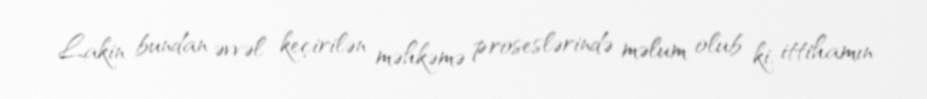
Lakin bundan əvvəl keçirilən məhkəmə proseslərində məlum olub ki, ittihamın